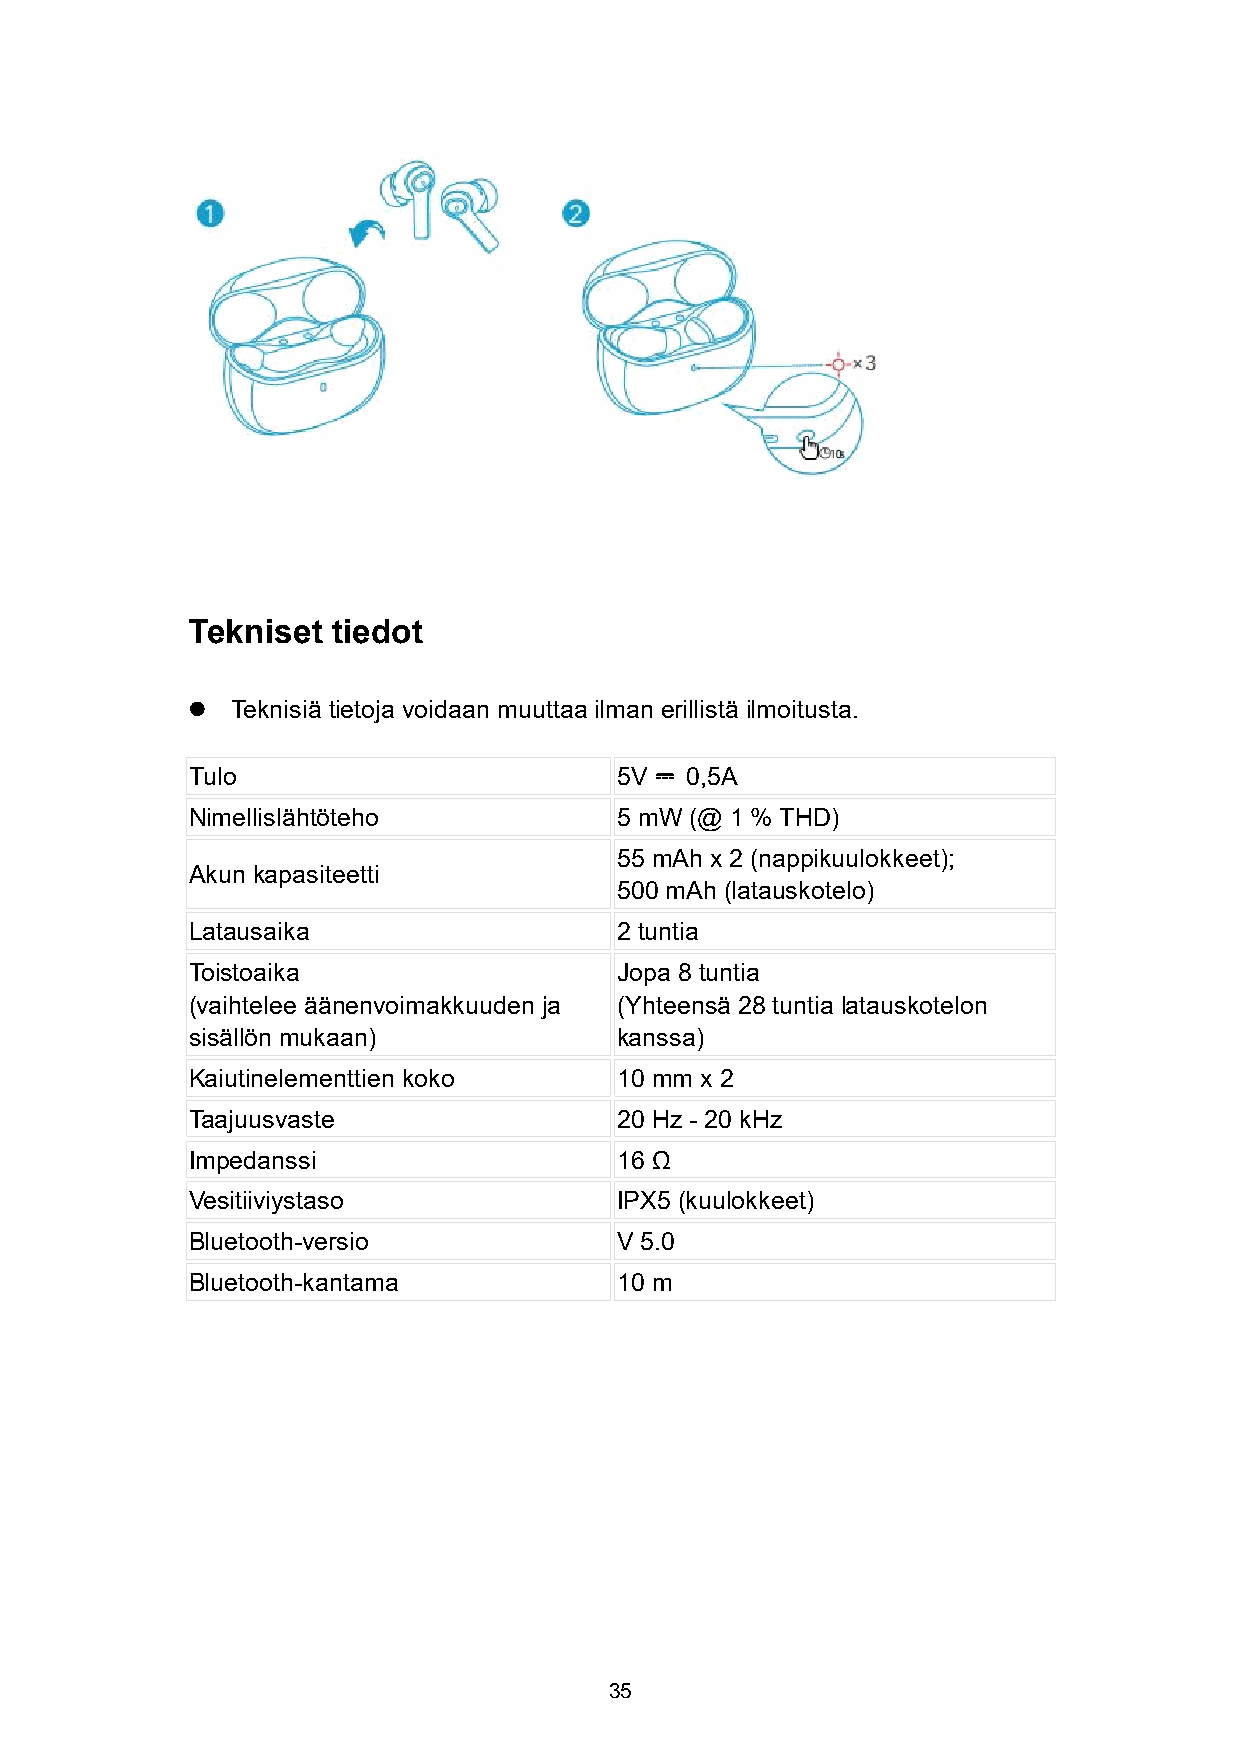
Tekniset  tiedot
   Teknisiä tietoja voidaan muuttaa ilman erillistä ilmoitusta.
 Tulo                         5V  0,5A
 ⎓
 Nimellislähtöteho            5 mW (@ 1 % THD)
 55 mAh x 2 (nappikuulokkeet);
 Akun kapasiteetti
 500 mAh (latauskotelo)
 Latausaika                   2 tuntia
 Toistoaika                   Jopa 8 tuntia
 (vaihtelee äänenvoimakkuuden ja (Yhteensä 28 tuntia latauskotelon
 sisällön mukaan)             kanssa)
 Kaiutinelementtien koko      10 mm x 2
 Taajuusvaste                 20 Hz - 20 kHz
 Impedanssi                   16 Ω
 Vesitiiviystaso              IPX5 (kuulokkeet)
 Bluetooth-versio             V 5.0
 Bluetooth-kantama            10 m
 35